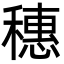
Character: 穗